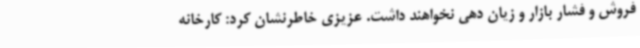
فروش و فشار بازار و زیان دهی نخواهند داشت. عزیزی خاطرنشان کرد: کارخانه